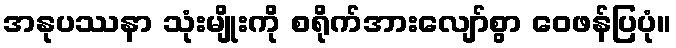
အနုပဿနာ သုံးမျိုးကို စရိုက်အားလျော်စွာ ဝေဖန်ပြပုံ။